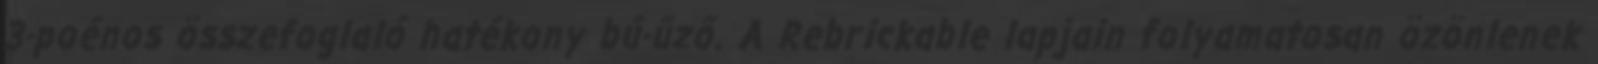
3-poénos összefoglaló hatékony bú-űző. A Rebrickable lapjain folyamatosan özönlenek